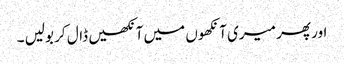
اور پھر میری آنکھوں میں آنکھیں ڈال کر بولیں ۔